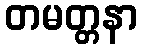
တမတ္တနာ